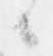
候